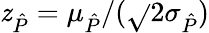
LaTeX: \mathit{z}_{\hat{{P}}}=\mu_{\hat{{P}}}/(\sqrt{}{2}\sigma_{\hat{{P}}})